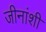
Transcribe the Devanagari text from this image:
जीनांशी